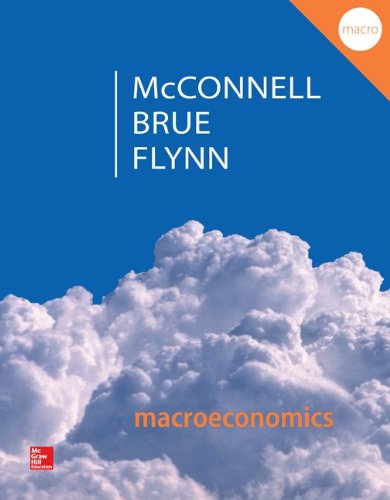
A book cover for Macroeconomics: Principles, Problems, & Policies; Campbell McConnell; Business & Money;